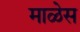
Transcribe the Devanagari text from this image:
माळेस